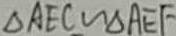
\Delta A E C \sim \Delta A E F